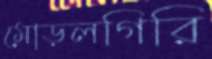
মোড়লগিরি